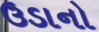
ઉડાનો